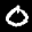
Label: 0